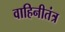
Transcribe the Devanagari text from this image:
वाहिनीतंत्र